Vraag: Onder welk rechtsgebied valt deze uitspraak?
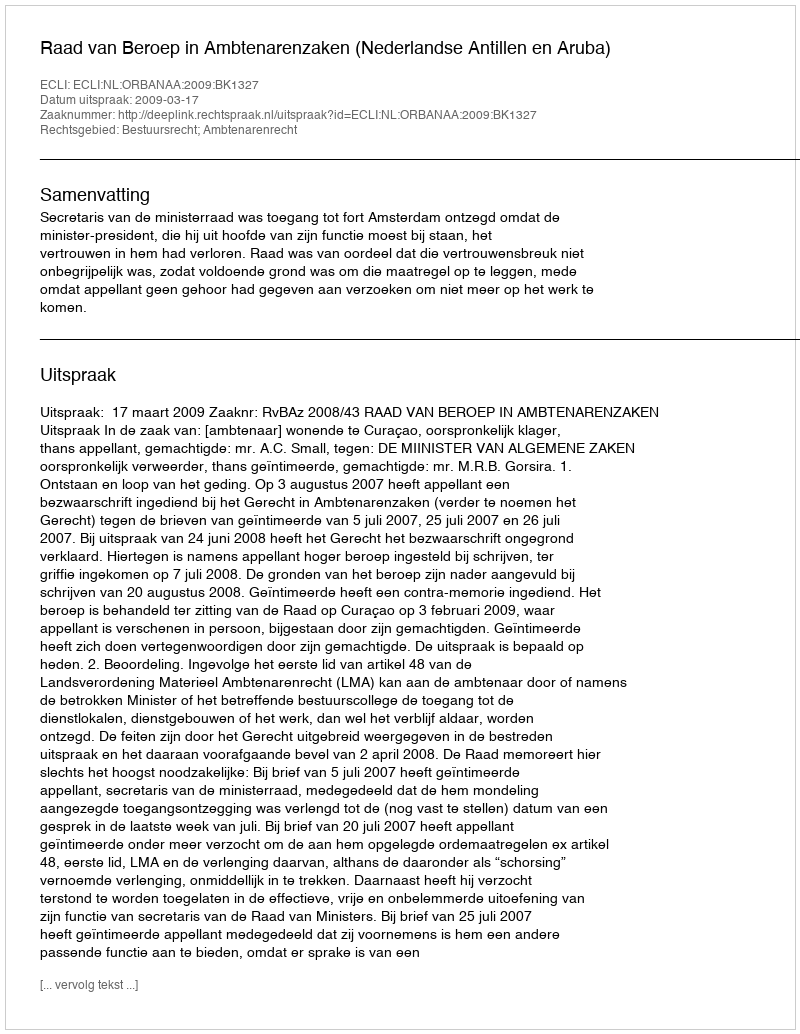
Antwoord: Bestuursrecht; Ambtenarenrecht